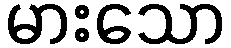
မားသော